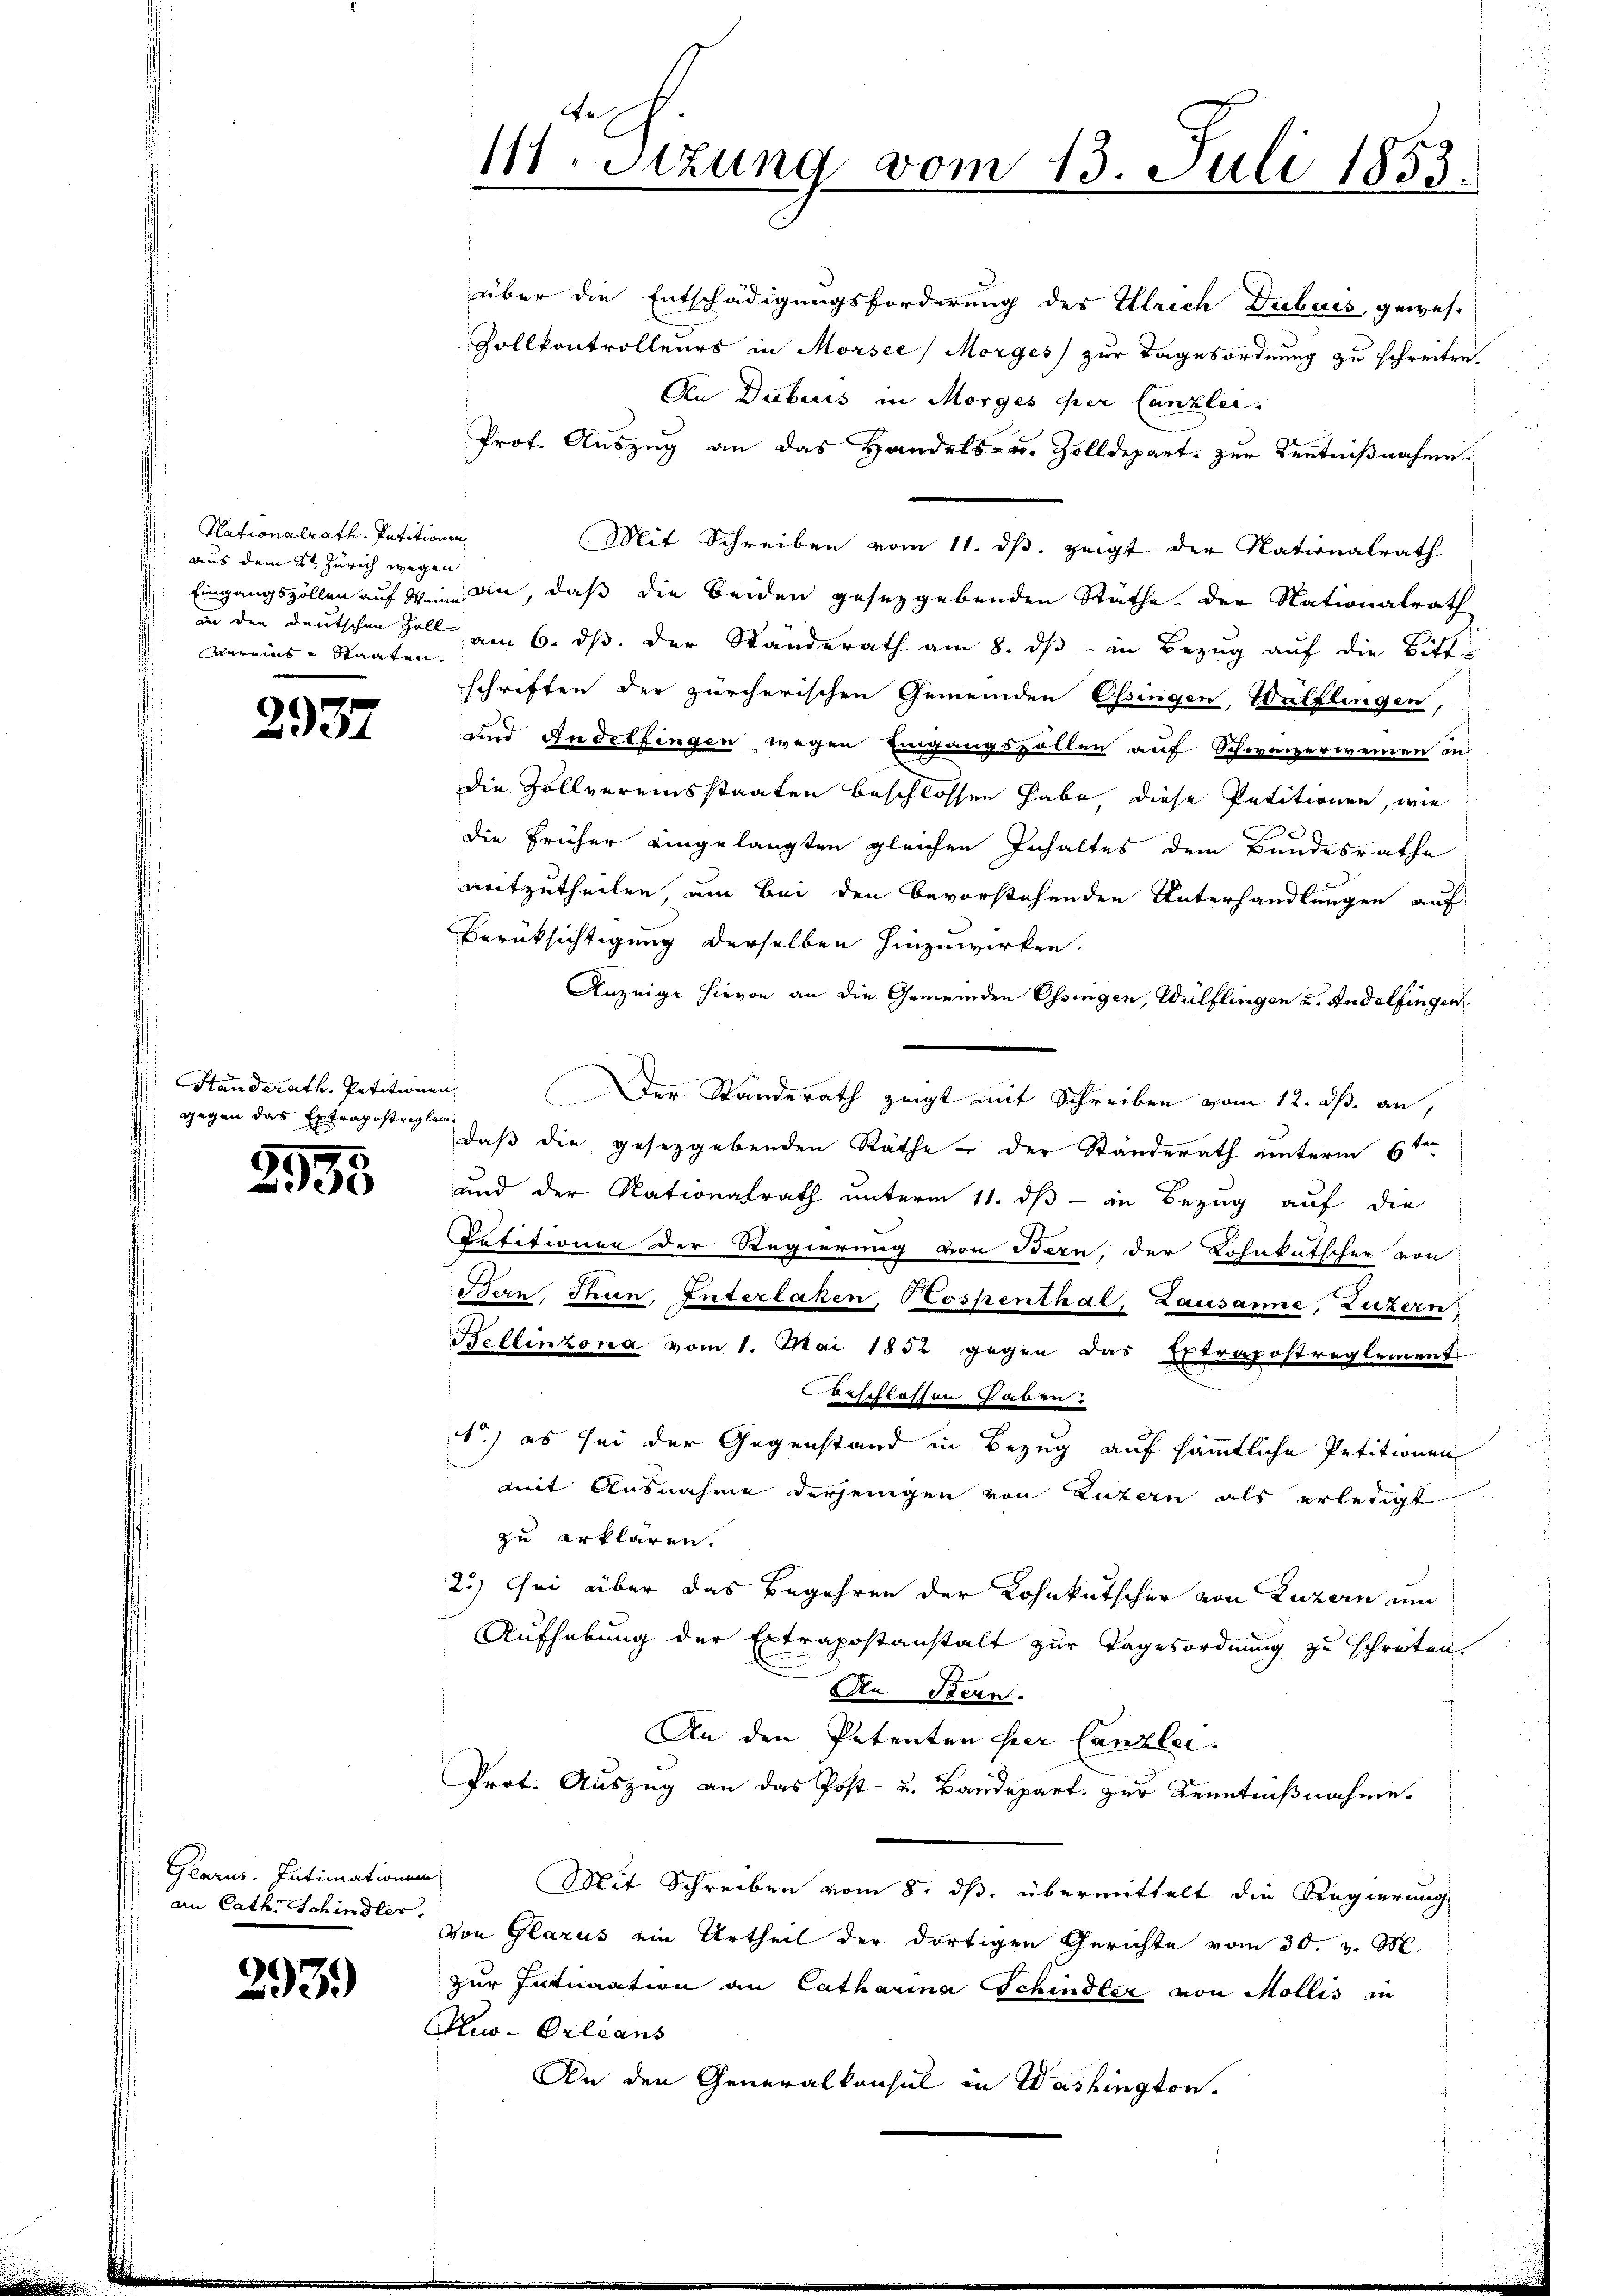
Hationalrath Petitionen
aus dem 2te Zürich wegen
Vares Staaten.

2937

Ständerath. Petitionen
gegen das Extrapostreglem

2955

Glarus. Intimationen
an Cath. Schindler,

293.

e
111. Sitzung vom 13. Juli 1853.

über die Entschädigungsforderung des Ulrich Dubuis, gewes¬
Zollkontrolleurs in Morsee, Morges zur Tagesordnung zu schreiten
An Debais in Morges per Canzler.
Prof. Auszug an das Handels- u. Zolldepart zur Kentnißnahme¬
Mit Schreiben vom 11. dβ zeigt der Nationalrath
Eingangszöllen auf Wein an, daß die beiden gesetzgebenden Räthe der Nationalrath
in den Deutschen Zoll am 6. ds. der Standerath am 8. dβ - in Bezug auf die Bitte
schriften der zürcherischen Gemeinden Ossingen, Wülflingen,
und Andelfingen wegen Eingangsvollen auf Schweizerweinen aus
die Zollvereinsstaaten beschlossen habe, diese Petitionen, wie
die früher eingelangten gleichen Inhaltes dem Bandesrathe
mitzutheilen, um bei den bevorstehenden Unterhandlungen auf
Berüksichtigung derselben hinzuwirken.
Anzeige hievon an die Gemeinden Ossingen, Wülflingen u. Andelfingen
Der Standerath zeigt mit Schreiben vom 12. ds. an,
daß die gesetzgebenden Räthe – der Ständerath unterm 6ten
und der Nationalrath unterm 11. dß - in Bezug auf die
Petitionen der Regierung von Bern, der Lohnkutscher von
Bern, Thun, Interlaken, Hospenthal, Lausanne, Luzern
Bellinzona vom 1. Mai 1852 gegen das Extrapostreglement
eschlassen haben.
1) es sei der Gegenstand in Bezug auf sämmtliche Petitionen
mit Ausnahme derjenigen von Luzern als erledigt
zu erklären.
2.) ei über das Begehren der Lohnkutscher von Luzern und
Aufhebung der Extrapostanstalt zur Tagesordnung zu schreiben
An Stern.
An den Petenten per Canzlei.
Prot. Auszug an das Post- u. Bandepart zur Kenntnißnahme.
Mit Schreiben vom 8. ds. übermittelt die Regierung
Von Glarus ein Urtheil der dortigen Gerichte vom 30. v. M.
zur Intimation an Catharina Schindler von Mollis in
Au-Orleans
An den Generalkonsul in Washington.